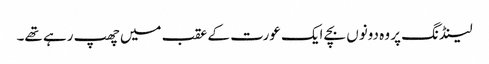
لینڈنگ پر وہ دونوں بچے ایک عورت کے عقب میں چھپ رہے تھے۔